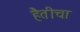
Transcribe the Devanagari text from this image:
हैतीचा